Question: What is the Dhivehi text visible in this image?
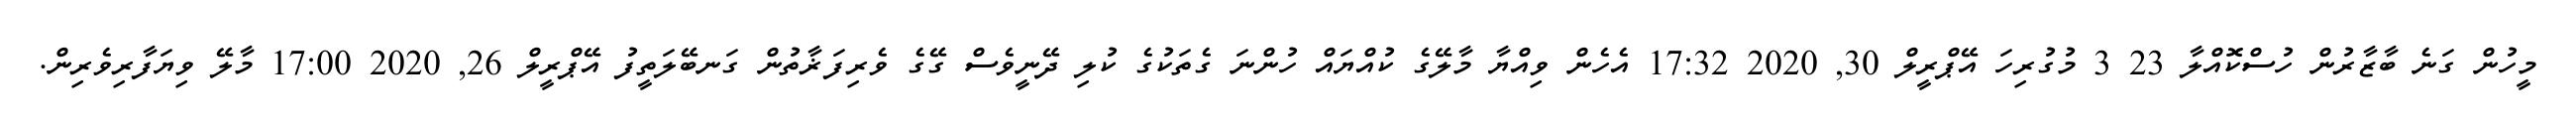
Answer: މީހުން ގަނެ ބާޒާރުން ހުސްކޮއްލާ 23 3 މުގުރިހަ އޭޕްރީލް 30, 2020 17:32 އެހެން ވިއްޔާ މާލޭގެ ކުއްޔައް ހުންނަ ގެތަކުގެ ކުލި ދޭނީވެސް ގޭގެ ވެރިފަޜާތުން ގަނބޭލަތީފު އޭޕްރީލް 26, 2020 17:00 މާލޭ ވިޔަފާރިވެރިން.